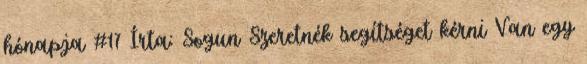
hónapja #17 Írta: Sogun Szeretnék segítséget kérni Van egy